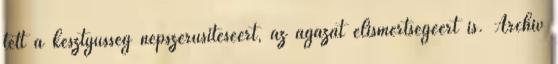
tett a kesztyûsség népszerûsítéséért, az ágazat elismertségéért is. Archív